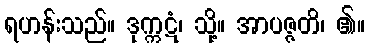
ရဟန်းသည်။ ဒုက္ကဋံ၊ သို့။ အာပဇ္ဇတိ၊ ၏။